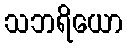
သဘရိယော